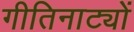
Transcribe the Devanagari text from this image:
गीतिनाट्यों